Rules regarding the measures to be adopted on the outbreak of cholera or appearance of small-pox
Disease focus: Cholera
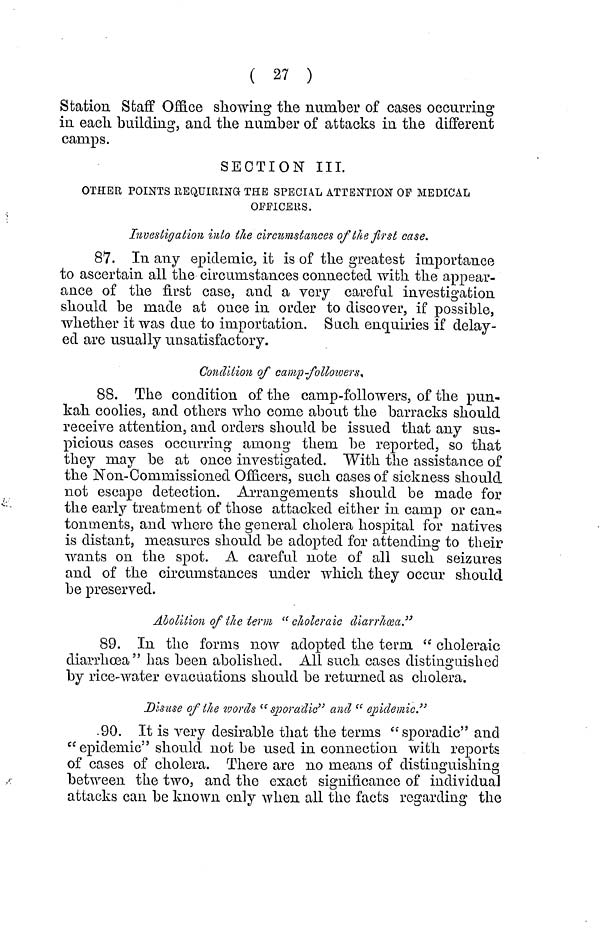
( 27 )
Station Staff Office showing the number of cases occurring
in each building, and the number of attacks in the different
camps.
SECTION III.
OTHER POINTS REQUIRING· THE SPECIAL ATTENTION OP MEDICAL
OFFICERS.
Investigation into the circumstances of the first case.
87. In any epidemic, it is of the greatest importance
to ascertain all the circumstances connected with the appear-
ance of the first case, and a very careful investigation
should be made at once in order to discover, if possible,
whether it was due to importation. Such enquiries if delay-
ed are usually unsatisfactory.
Condition of camp-followers,
88. The condition of the camp-followers, of the pun-
kah coolies, and others who come about the barracks should
receive attention, and orders should be issued that any sus-
picious cases occurring among them be reported, so that
they may be at once investigated. With the assistance of
the Non-Commissioned Officers, such cases of sickness should
not escape detection. Arrangements should be made for
the early treatment of those attacked either in camp or can-
tonments, and where the general cholera hospital for natives
is distant, measures should be adopted for attending to their
wants on the spot. A careful note of all such seizures
and of the circumstances under which they occur should
be preserved.
Abolition of the term " choleraic diarrhœa."
89. In the forms now adopted the term " choleraic
diarrhoea" has been abolished. All such cases distinguished
by rice-water evacuations should be returned as cholera.
Disuse of the words " sporadic" and " epidemic."
90. It is very desirable that the terms " sporadic" and
" epidemic" should not be used in connection with reports
of cases of cholera. There are no means of distinguishing
between the two, and the exact significance of individua]
attacks can be known only when all the facts regarding the